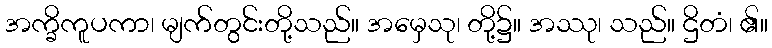
အက္ခိကူပကာ၊ မျက်တွင်းတို့သည်။ အမှေသု၊ တို့၌။ အဿု၊ သည်။ ဌိတံ၊ ၏။